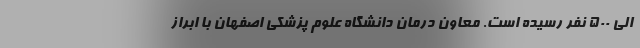
الی 500 نفر رسیده است. معاون درمان دانشگاه علوم پزشکی اصفهان با ابراز